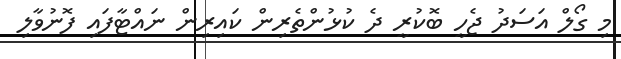
މި ގޯލް އަސަދު ޖެހީ ބޮކުރީ ދެ ކުޅުންތެރިން ކައިރިން ނައްޓާފައި ފޮނުވާލި